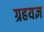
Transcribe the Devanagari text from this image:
ग्रहयज्ञ